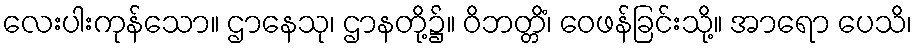
လေးပါးကုန်သော။ ဌာနေသု၊ ဌာနတို့၌။ ဝိဘတ္တိံ၊ ဝေဖန်ခြင်းသို့။ အာရော ပေသိ၊